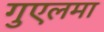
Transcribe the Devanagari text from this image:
गुएलमा